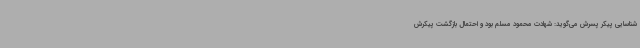
شناسایی پیکر پسرش می‌گوید: شهادت محمود مسلم بود و احتمال بازگشت پیکرش